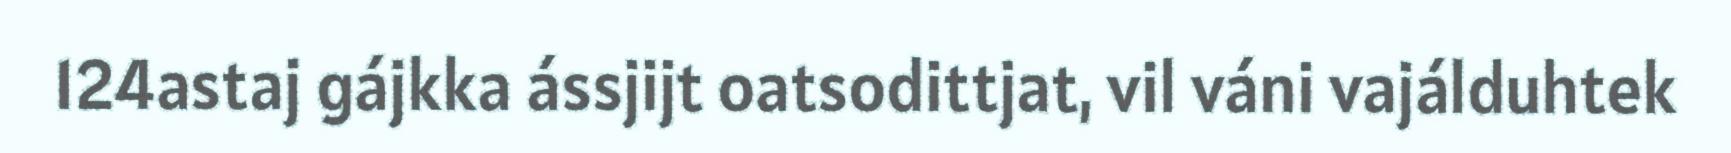
124astaj gájkka ássjijt oatsodittjat, vil váni vajálduhtek